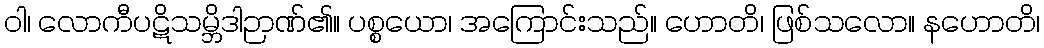
ဝါ၊ လောကီပဋိသမ္ဘိဒါဉာဏ်၏။ ပစ္စယော၊ အကြောင်းသည်။ ဟောတိ၊ ဖြစ်သလော။ နဟောတိ၊